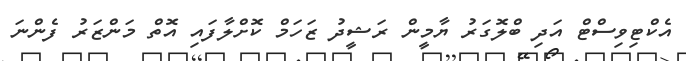
އެކްޓިވިސްޓް އަދި ބްލޮގަރު ޔާމީން ރަޝީދު ޒަހަމް ކޮށްލާފައި އޮތް މަންޒަރު ފެންނަ